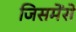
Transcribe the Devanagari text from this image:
जिसमेंसे